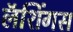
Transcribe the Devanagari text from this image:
लॅशिंगस